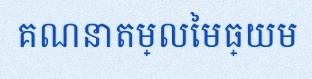
គណនាតម្លៃមធ្យម